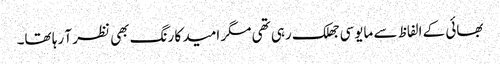
بھائی کے الفاظ سے مایوسی جھلک رہی تھی مگر امید کا رنگ بھی نظر آ رہا تھا۔